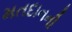
મતદાનની